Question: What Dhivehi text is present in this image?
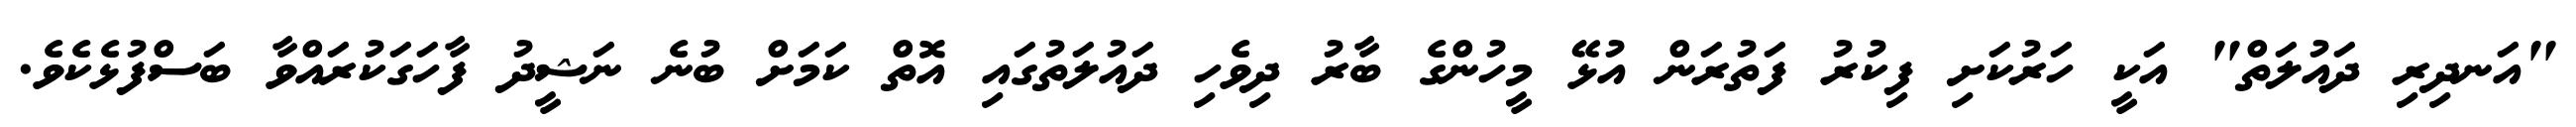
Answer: "އަނދިރި ދައުލަތް" އަކީ ހަރުކަށި ފިކުރު ފަތުރަން އުޅޭ މީހުންގެ ބާރު ދިވެހި ދައުލަތުގައި އޮތް ކަމަށް ބުނެ ނަޝީދު ފާހަގަކުރައްވާ ބަސްފުޅެކެވެ.